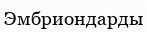
Эмбриондарды